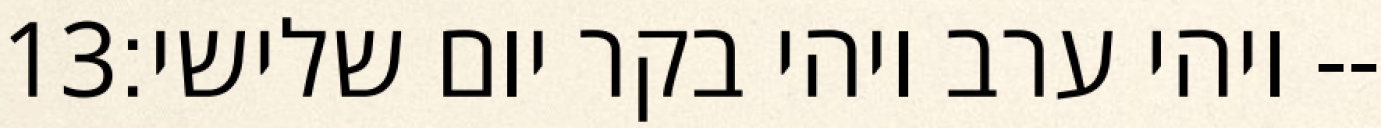
‎13‏ ויהי ערב ויהי בקר יום שלישי׃--